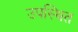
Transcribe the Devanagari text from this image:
उपस्थित